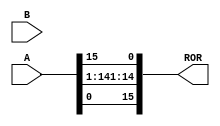
`timescale 1ns / 1ps
//////////////////////////////////////////////////////////////////////////////////
// Company: 
// Engineer: 
// 
// Design Name: 
// Module Name: ROR
// Project Name: 
// Target Devices: 
// Tool Versions: 
// Description: 
// 
// Dependencies: 
// 
// Revision:
// Revision 0.01 - File Created
// Additional Comments:
// 
//////////////////////////////////////////////////////////////////////////////////


module ROR(
    input[15:0] A,
    input[15:0] B,
    output reg[15:0]  ROR
    );
//Ja shtojm funksionalitetin masnej
reg [15:0] wire_to_beRORed;
reg temp ;
always @(A)
begin
wire_to_beRORed = A ;
temp = wire_to_beRORed[0];
wire_to_beRORed[0] = wire_to_beRORed[15];
wire_to_beRORed[15] = temp ;
ROR = wire_to_beRORed;
end
//wire[15:0] wire_to_beRORed;
//assign wire_to_beRORed = A;
//assign A[15]=A[0];
//wire temp; 
//assign temp = wire_to_beRORed[15];
//assign wire_to_beRORed[15] = wire_to_beRORed[0];
//assign wire_to_beRORed[0] = temp;

endmodule